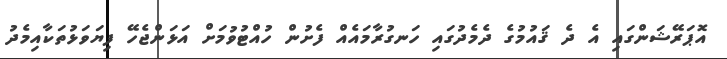
އޮޕަރޭޝަންގައި އެ ދެ ޤައުމުގެ ދެމެދުގައި ހަނގުރާމައެއް ފެށުން ހުއްޓުވުމަށް އަޅަންޖެހޭ ފިޔަވަޅުތަކާއިމެދު